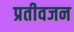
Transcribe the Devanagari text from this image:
प्रतीवजन